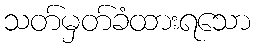
သတ်မှတ်ခံထားရသော